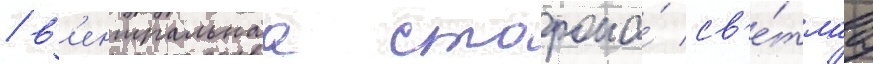
/ в'ентральнаа сторона́ св'е́тлаа